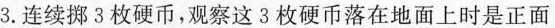
3.连续掷3枚硬币，观察这3枚硬币落在地面上时是正面